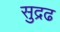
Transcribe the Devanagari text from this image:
सुद्रढ